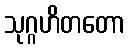
သုဂ္ဂဟိတတော